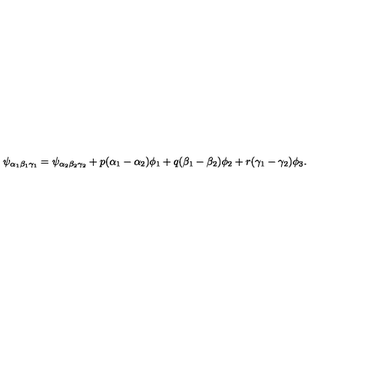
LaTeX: \psi _ { \alpha _ { 1 } \beta _ { 1 } \gamma _ { 1 } } = \psi _ { \alpha _ { 2 } \beta _ { 2 } \gamma _ { 2 } } + p ( \alpha _ { 1 } - \alpha _ { 2 } ) \phi _ { 1 } + q ( \beta _ { 1 } - \beta _ { 2 } ) \phi _ { 2 } + r ( \gamma _ { 1 } - \gamma _ { 2 } ) \phi _ { 3 } .